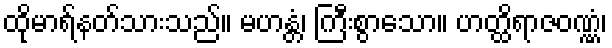
ထိုမာရ်နတ်သားသည်။ မဟန္တံ၊ ကြီးစွာသော။ ဟတ္ထိရာဇဝဏ္ဏံ၊